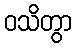
ဝသိတွာ